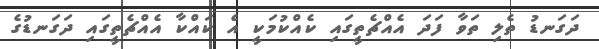
ދަގަނޑު ތެލި ތަވާ ފަދަ އެއްޗެތީގައި ކެއްކުމަކީ އެ ކައްކާ އެއްޗެތީގައި ދަގަނޑުގެ